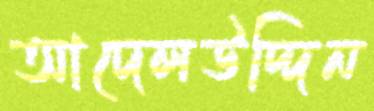
আদেলউদ্দিন